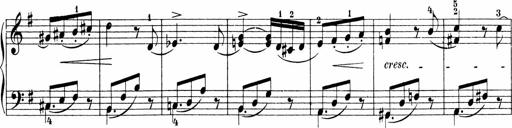
Title: Sonatinen Op.47, 98 und 136, nebst 6 Liedersonatinen
Composer: Carl Reinecke